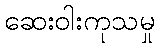
ဆေးဝါးကုသမှု